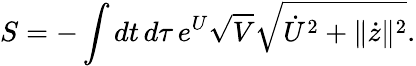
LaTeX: S=-\int dt\, d\tau\, e^{U}\sqrt{V}\sqrt{\dot{U}^{2}+\| \dot{z}\| ^{2}}.